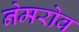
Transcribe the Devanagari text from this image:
नेमरोव